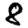
Digit: 8